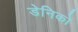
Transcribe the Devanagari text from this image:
डेनिको